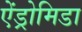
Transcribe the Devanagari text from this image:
ऐंड्रोमिडा